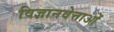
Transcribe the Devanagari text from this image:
विज्ञानवेत्ताओं